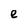
Character: e